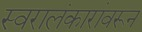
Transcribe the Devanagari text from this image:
स्वरालंकारांवरून